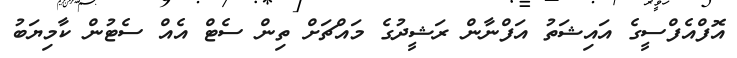
އޮފްއެފްސީގެ އައިޝަތު އަފްނާން ރަޝީދުގެ މައްޗަށް ތިން ސެޓް އެއް ސެޓުން ކާމިޔަބު